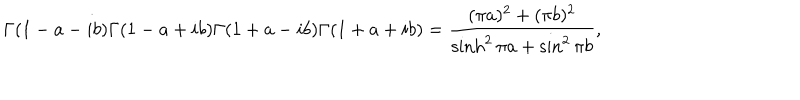
LaTeX: \Gamma ( 1 - a - i b ) \Gamma ( 1 - a + i b ) \Gamma ( 1 + a - i b ) \Gamma ( 1 + a + i b ) = \frac { ( \pi a ) ^ { 2 } + ( \pi b ) ^ { 2 } } { \sinh ^ { 2 } \pi a + \sin ^ { 2 } \pi b } ,